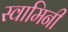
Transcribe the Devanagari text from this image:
स्‍वामिनी